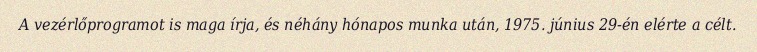
A vezérlőprogramot is maga írja, és néhány hónapos munka után, 1975. június 29-én elérte a célt.